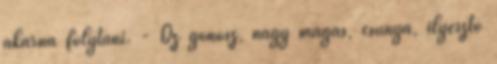
akarna folytani. - Oz gonosz, nagy magas, csúnya, ilyesztő